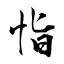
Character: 恉